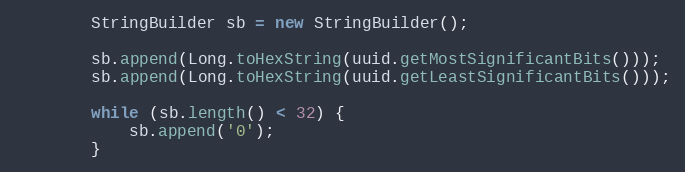
Language: Java
        StringBuilder sb = new StringBuilder();

        sb.append(Long.toHexString(uuid.getMostSignificantBits()));
        sb.append(Long.toHexString(uuid.getLeastSignificantBits()));

        while (sb.length() < 32) {
            sb.append('0');
        }